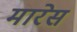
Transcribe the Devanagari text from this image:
मारेस